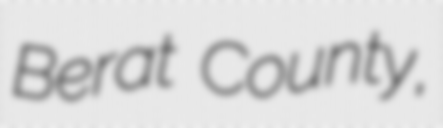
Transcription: Berat County,